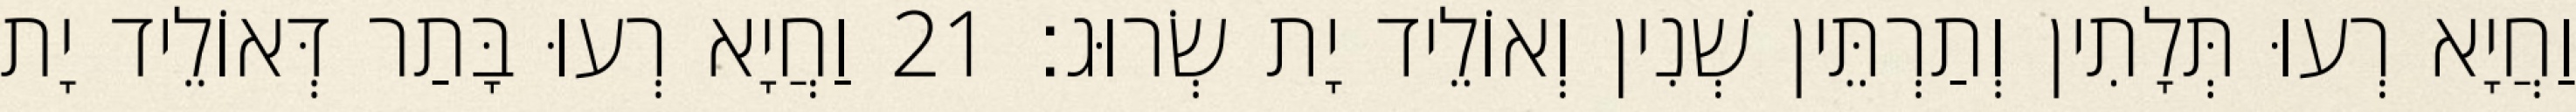
וַחֲיָא רְעוּ תְּלָתִין וְתַרְתֵּין שְׁנִין וְאוֹלֵיד יָת שְׂרוּג׃ 21 וַחֲיָא רְעוּ בָּתַר דְּאוֹלֵיד יָת